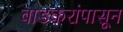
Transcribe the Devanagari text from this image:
वाडकरांपासून